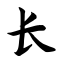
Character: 长